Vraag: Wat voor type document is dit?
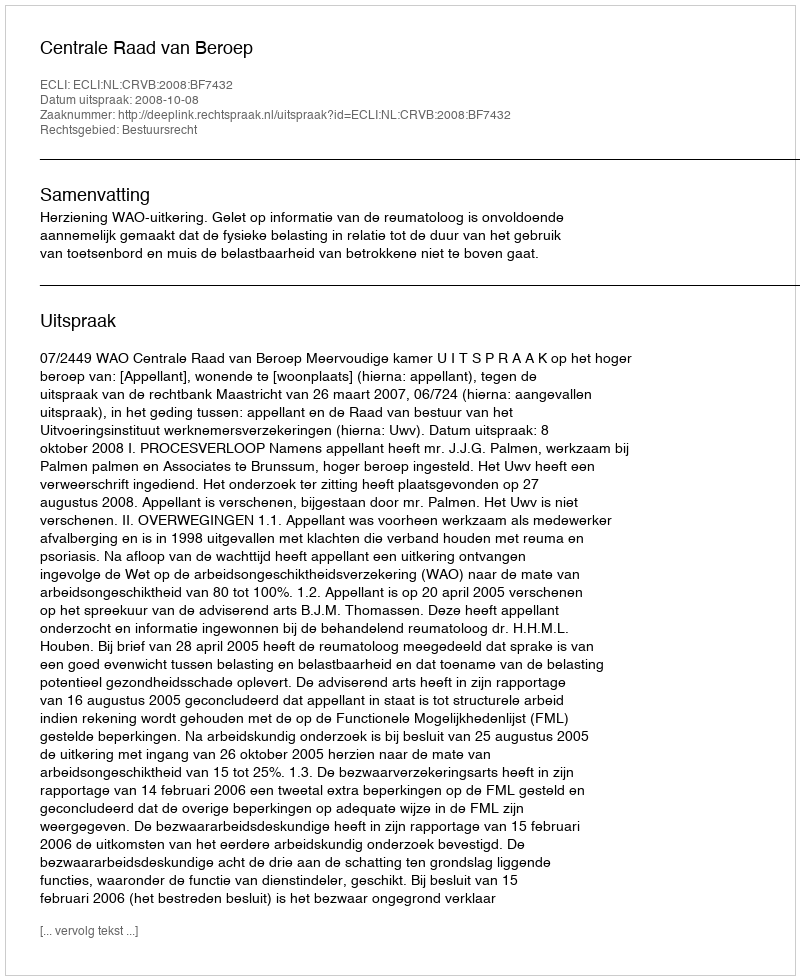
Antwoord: Uitspraak